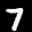
Label: 7